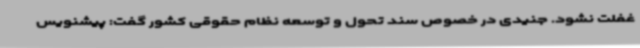
غفلت نشود. جنیدی در خصوص سند تحول و توسعه نظام حقوقی کشور گفت: پیشنویس